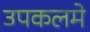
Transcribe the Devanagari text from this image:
उपकलमे